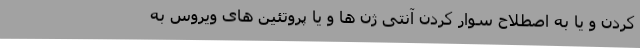
کردن و یا به اصطلاح سوار کردن آنتی ژن ها و یا پروتئین های ویروس به